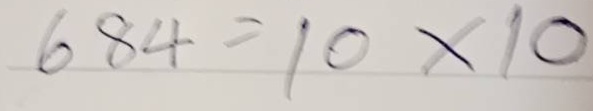
684 = 10x10